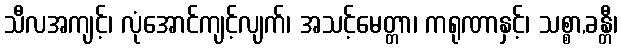
သီလအကျင့်၊ လုံအောင်ကျင့်လျက်၊ အသင့်မေတ္တာ၊ ကရုဏာနှင့်၊ သစ္စာ,ခန္တီ၊